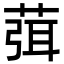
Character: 葞